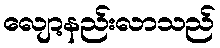
လျော့နည်းလာသည်